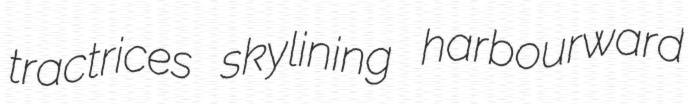
tractrices skylining harbourward